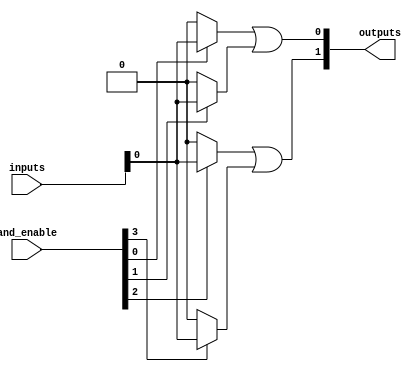
module HS_PAL #(
    parameter NUM_INPUTS = 8,   // Number of inputs
    parameter NUM_AND_TERMS = 4, // Number of programmable AND terms
    parameter NUM_OUTPUTS = 2    // Number of fixed OR outputs
)(
    input wire [NUM_INPUTS-1:0] inputs,           // Input signals
    input wire [NUM_AND_TERMS-1:0] and_enable,    // Enable signals for each AND term
    output wire [NUM_OUTPUTS-1:0] outputs          // Output signals
);

// Internal wires for AND terms
wire [NUM_AND_TERMS-1:0] and_terms [0:NUM_INPUTS-1];

// Programmable AND Array
genvar i, j;
generate
    for (i = 0; i < NUM_AND_TERMS; i = i + 1) begin : and_array
        assign and_terms[i] = (and_enable[i]) ? (inputs & {NUM_INPUTS{1'b1}}) : {NUM_INPUTS{1'b0}};
    end
endgenerate

// Fixed OR Array
wire [NUM_OUTPUTS-1:0] or_outputs;

assign or_outputs[0] = and_terms[0] | and_terms[1]; // Example connection
assign or_outputs[1] = and_terms[2] | and_terms[3]; // Example connection

// Assign outputs
assign outputs = or_outputs;

endmodule